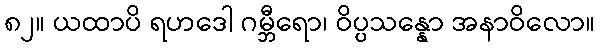
၈၂။ ယထာပိ ရဟဒေါ ဂမ္ဘီရော၊ ဝိပ္ပသန္နော အနာဝိလော။